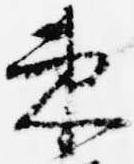
束